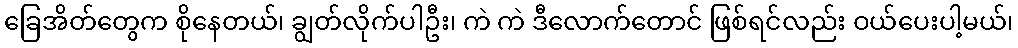
ခြေအိတ်တွေက စိုနေတယ်၊ ချွတ်လိုက်ပါဦး၊ ကဲ ကဲ ဒီလောက်တောင် ဖြစ်ရင်လည်း ဝယ်ပေးပါ့မယ်၊